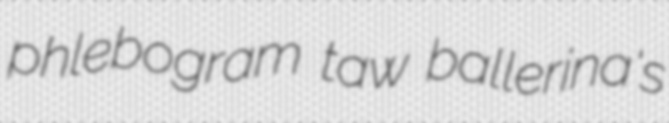
phlebogram taw ballerina's